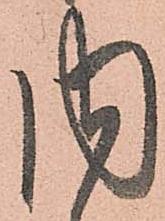
内